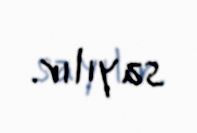
sayılır.